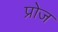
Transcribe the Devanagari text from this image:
प्रोज